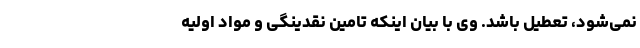
نمی‌شود، تعطیل باشد. وی با بیان اینکه تامین نقدینگی و مواد اولیه